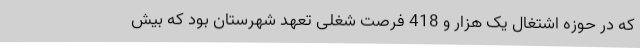
که در حوزه اشتغال یک هزار و 418 فرصت شغلی تعهد شهرستان بود که بیش